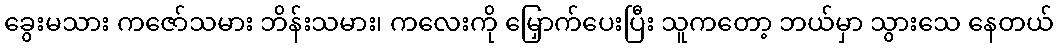
ခွေးမသား ကဇော်သမား ဘိန်းသမား၊ ကလေးကို မြှောက်ပေးပြီး သူကတော့ ဘယ်မှာ သွားသေ နေတယ်